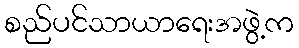
စည်ပင်သာယာရေးအဖွဲ့က